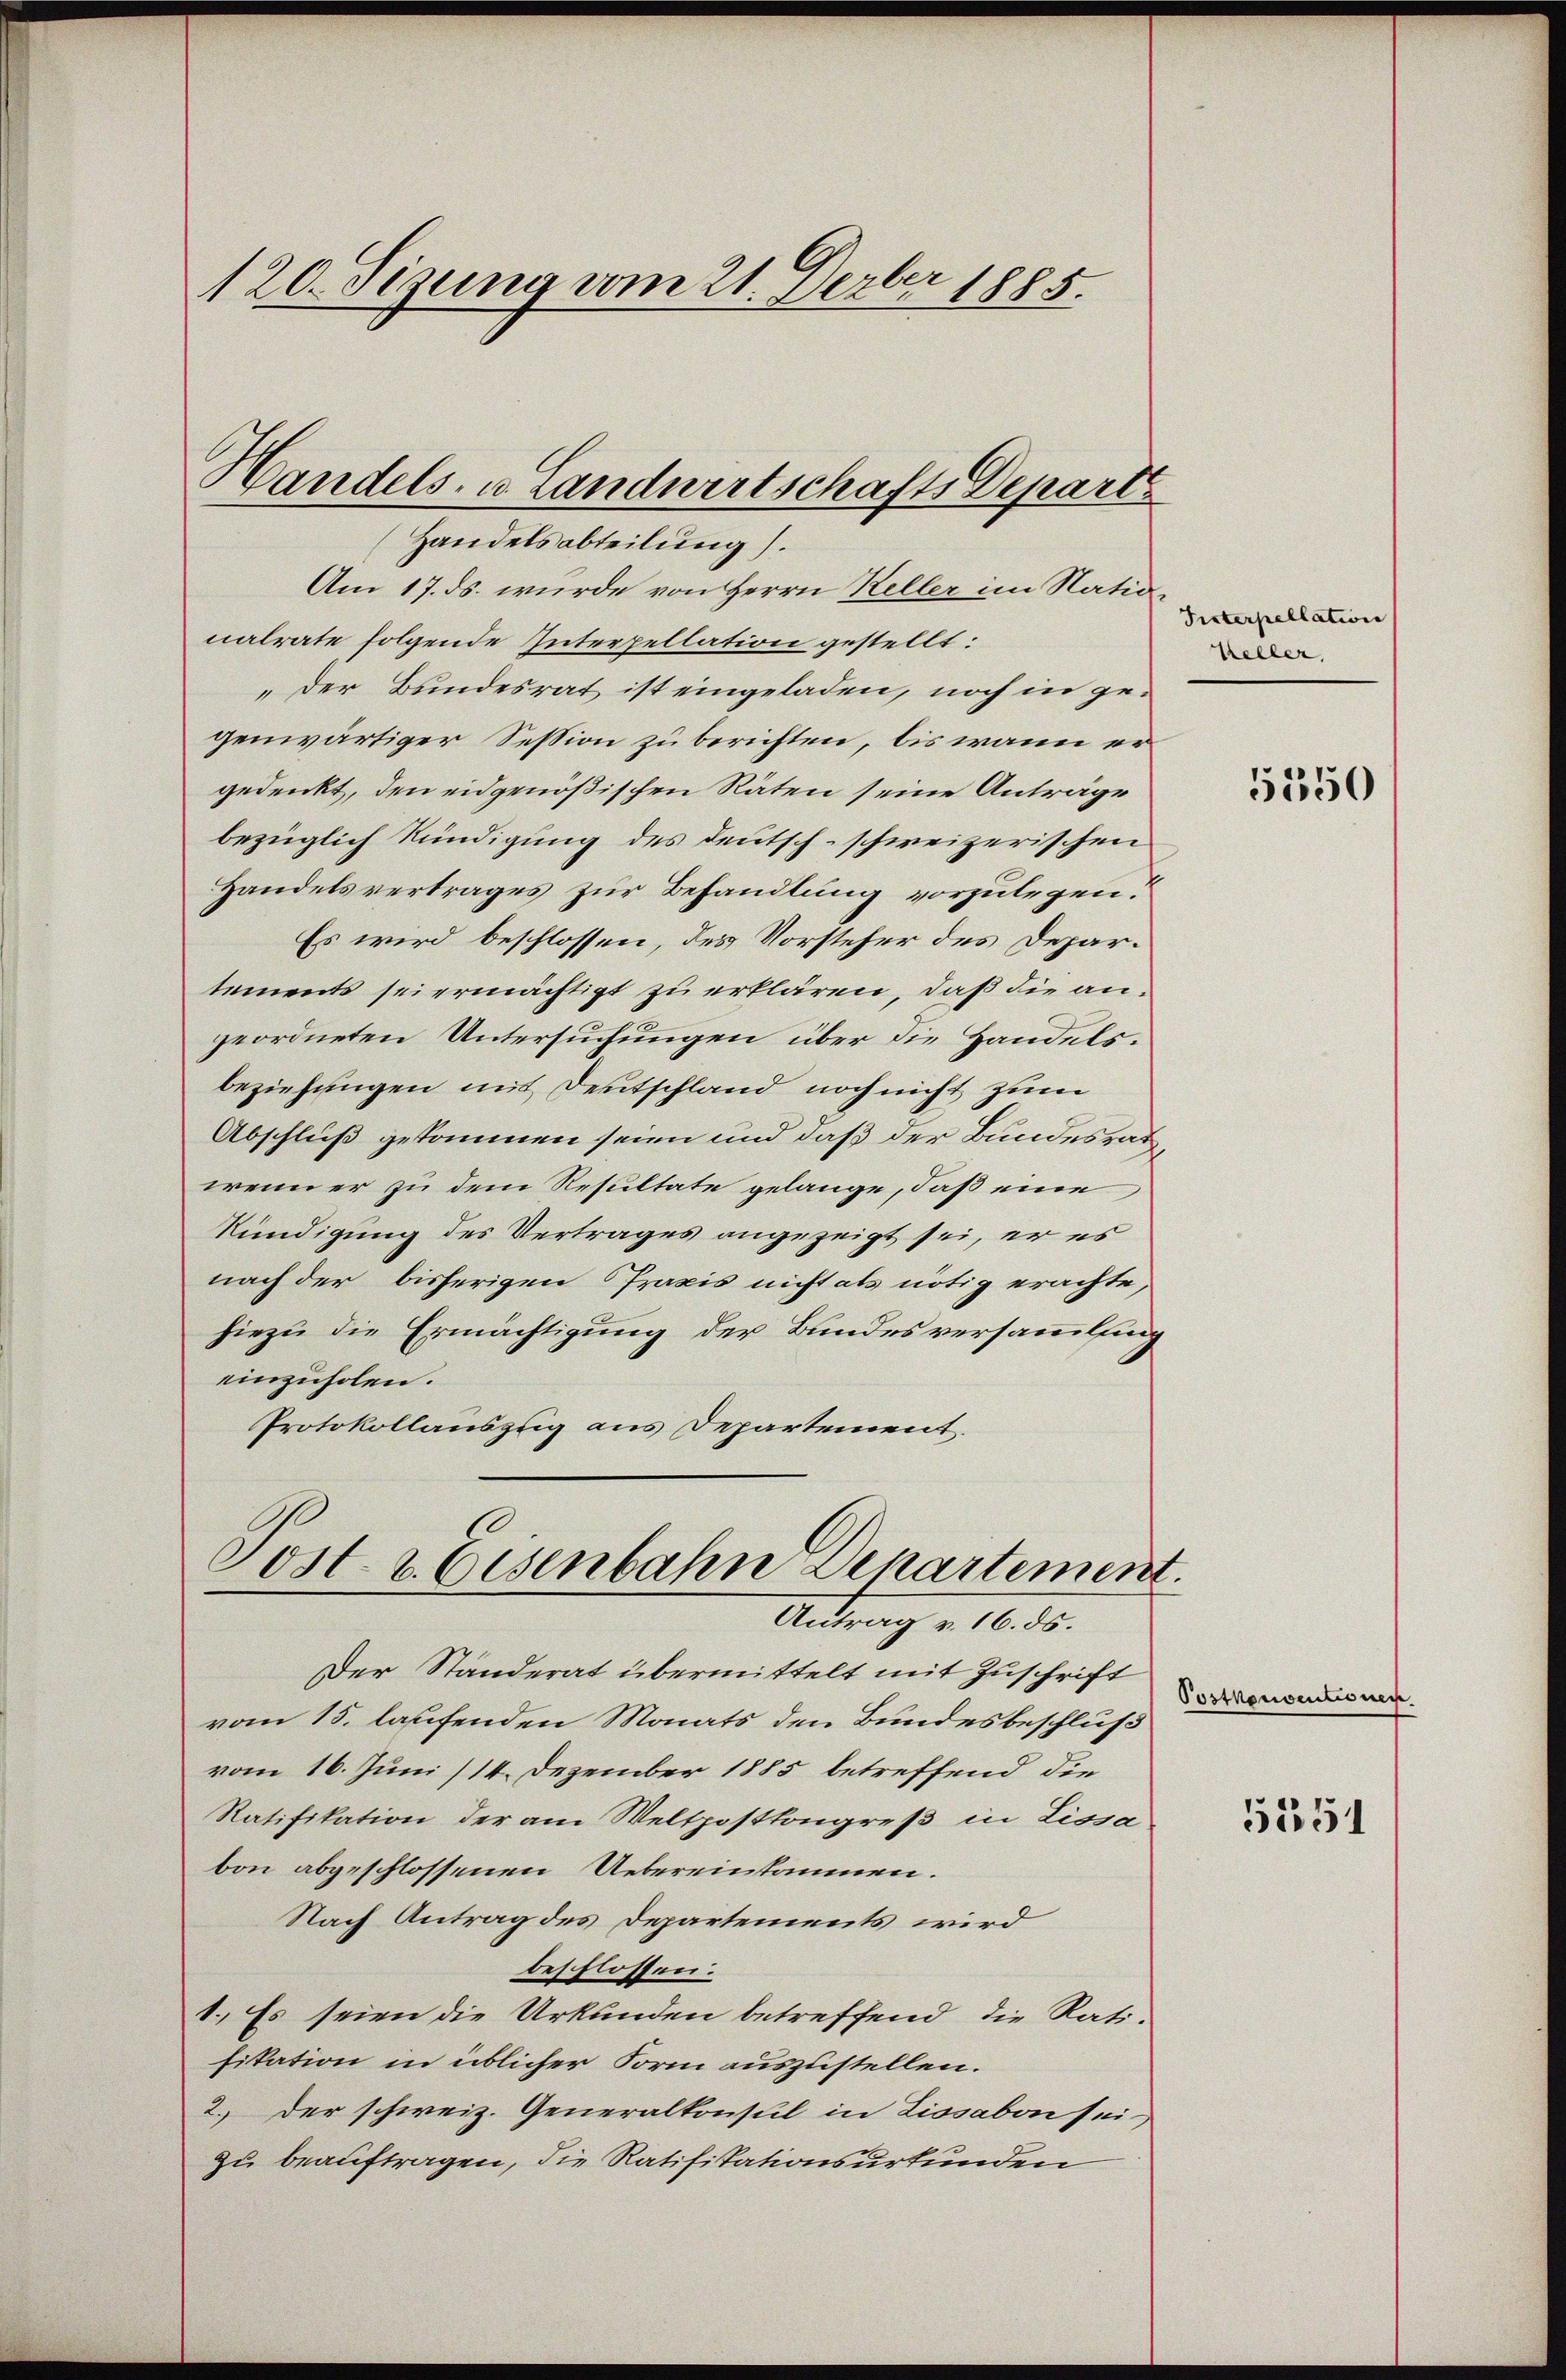
120. Sitzung vom 21. Derber 1885.

Handels- u Landwirtschafts Departe
Handelsabteilung.

Am 17. ds. wurde von Herrn Keller im Natio
nalrate folgende Interpellation gestellt:
„der Bundesrat ist eingeladen, noch in gegenwärtiger Session zu berichten, bis wann er
gedenkt, den eidgenößischen Räten seine Anträge
bezüglich kündigung des Deutsch-schweizerischen
Handelsvertrages zur Behandlung vorzulegen:
Es wird beschlossen, des Vorsteher des Departements sei ermächtigt zu erklären, daß die angeordneten Untersuchungen über die Handels.
beziehungen mit Deutschland noch nicht zum
Abschluß gekommen seien und daß der Bundesraten
wenn er zu dem Resultate gelange, daß eine
Kündigung des Vertrages angezeigt sei, er es
nach der bisherigen Praxis nicht als nötig erachte,
hiezu die Ermächtigung der Bundesversammlung
einzuholen.
Protokollauszug aus Departement
Post. v. Eisenbahn Departement.

Der Ständerat übermittelt mit Zuschrift
vom 15. laufenden Monats den Bundesbeschluß
vom 16. Juni /14. Dezember 1885 betreffend die
Ratifikation der am Weltpostkongreß in Lissa
bon abgeschlossenen Uebereinkommen.
Nach Antrag des Departements wird
beschlossen:
1.) Es seien die Urkunden betreffend die Ratifikation in üblicher Form auszustellen.
2.) Der schweiz. Generalkonsul in Lissabon sei
zu beauftragen, die Ratifikationsurkunden

Antrag v. 16. ds.

Tinterpellation
Keller,

5150

Postkonventionen.

5251